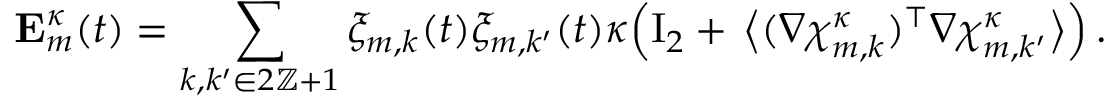
\mathbf { E } _ { m } ^ { \kappa } ( t ) = \sum _ { k , k ^ { \prime } \in 2 \ensuremath { \mathbb { Z } } + 1 } \xi _ { m , k } ( t ) \xi _ { m , k ^ { \prime } } ( t ) \kappa \Bigl ( \ensuremath { \mathrm { I } _ { 2 } } + \, \bigl \langle ( \nabla { \boldsymbol { \chi } } _ { m , k } ^ { \kappa } ) ^ { \intercal } \nabla { \boldsymbol { \chi } } _ { m , k ^ { \prime } } ^ { \kappa } \bigr \rangle \Bigr ) \, .